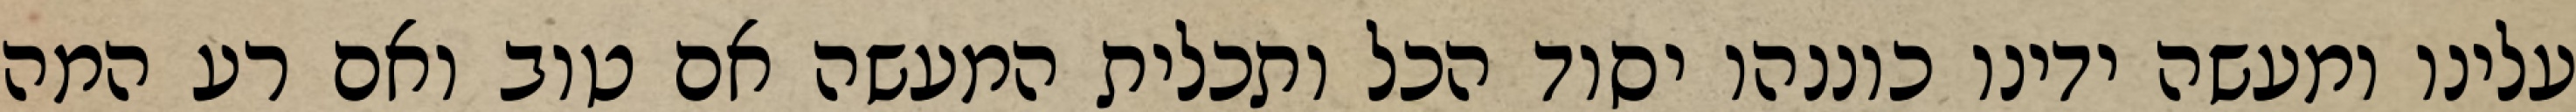
עלינו ומעשה ידינו כוננהו יסוד הכל ותכלית המעשה אם טוב ואם רע המה